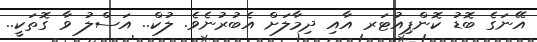
އޭނަގެ ބޮޑު ކޮންޕިއުޓަރ އާއި ދިމާލަށް އެބުރުނެވެ. ލުކް.. އަސްލު ވާ ގޮތަކީ..